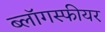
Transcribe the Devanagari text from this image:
ब्लॉगस्फीयर